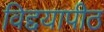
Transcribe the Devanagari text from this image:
विद्दयापीठ